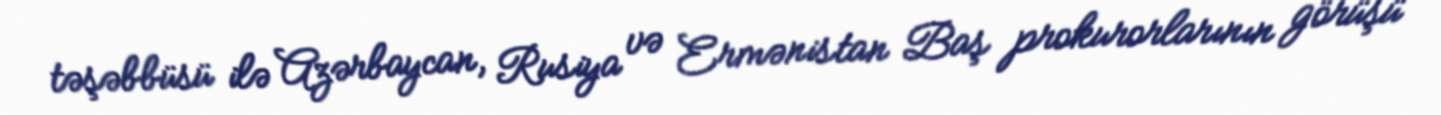
təşəbbüsü ilə Azərbaycan, Rusiya və Ermənistan Baş prokurorlarının görüşü